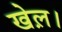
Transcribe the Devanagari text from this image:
खेल़।